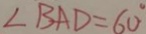
\angle B A D = 6 0 ^ { \circ }